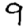
Digit: 9